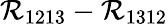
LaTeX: \mathcal{R}_{1213}-\mathcal{R}_{1312}